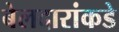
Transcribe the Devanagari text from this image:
बेलदारांकडे